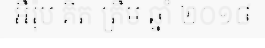
អឺរ៉ុប គិត ត្រឹម ឆ្នាំ ២០១៨